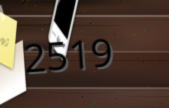
2519